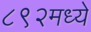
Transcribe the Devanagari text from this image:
८९२मध्ये